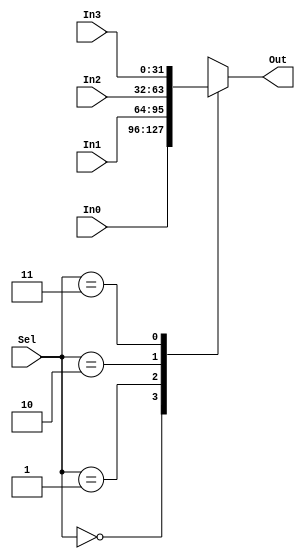
`timescale 1ns / 1ps
//////////////////////////////////////////////////////////////////////////////////
// Company: 
// Engineer: 
// 
// Design Name: 
// Module Name:    fourx1_32bit 
// Project Name: 
// Target Devices: 
// Tool versions: 
// Description: 
//
// Dependencies: 
//
// Revision: 
// Revision 0.01 - File Created
// Additional Comments: 
//
//////////////////////////////////////////////////////////////////////////////////
module fourx1_32bit(In0,In1,In2,In3,Sel,Out
    );



input [31:0] In0,In1,In2,In3;
input [1:0] Sel;
output [31:0] Out;

reg [31:0] Out;


always @(In0 or In1 or In2 or In3 or Sel)
begin
case(Sel)
0: Out <= In0;
1: Out <= In1;
2: Out <= In2;
3: Out <= In3;
default: Out <= 32'hxxxxxxxx;
endcase
end
endmodule